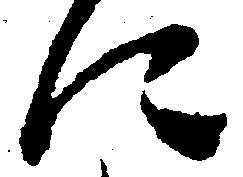
に